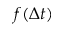
f ( \Delta t )